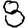
Digit: 8